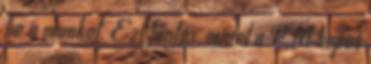
be a munkat. Ezt fontos, mivel a PM kepes